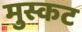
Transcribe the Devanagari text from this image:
मुस्कट